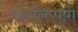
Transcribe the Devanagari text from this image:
बावलिप्पुष़ा